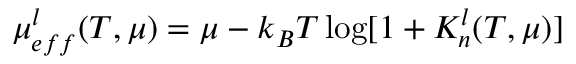
\mu _ { e f f } ^ { l } ( T , \mu ) = \mu - k _ { B } T \log [ 1 + K _ { n } ^ { l } ( T , \mu ) ]